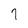
Character: 7